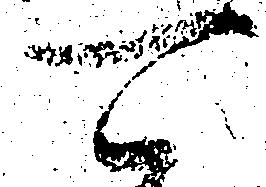
可